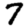
Digit: 7